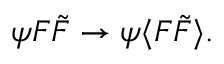
\psi F { \tilde { F } } \rightarrow \psi \langle F { \tilde { F } } \rangle .